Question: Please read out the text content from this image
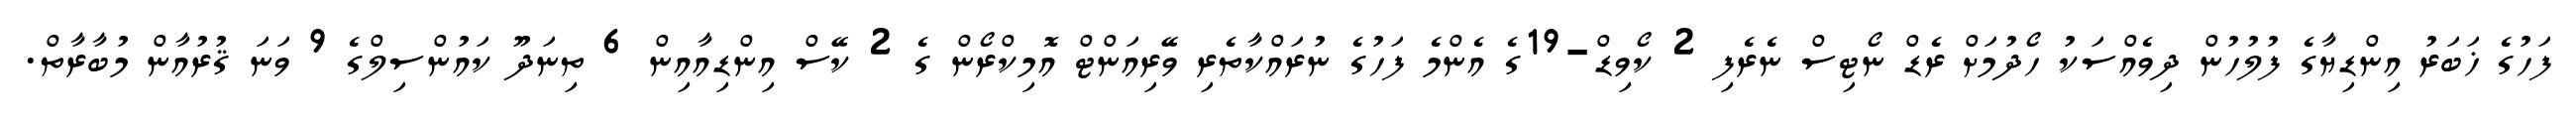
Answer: ފަހުގެ ޚަބަރު އިންޑިޔާގެ ފުލުހުން ދިވެއްސަކު ހޯދުމަށް ރެޑް ނޯޓިސް ނެރެފި 2 ކޯވިޑް-19ގެ އެންމެ ފަހުގެ ނުރައްކާތެރި ވޭރިއަންޓް އޮމިކްރޯން ގެ 2 ކޭސް އިންޑިއާއިން 6 ތިނަދޫ ކައުންސިލްގެ 9 ވަނަ ޤުރުއާން މުބާރާތް.